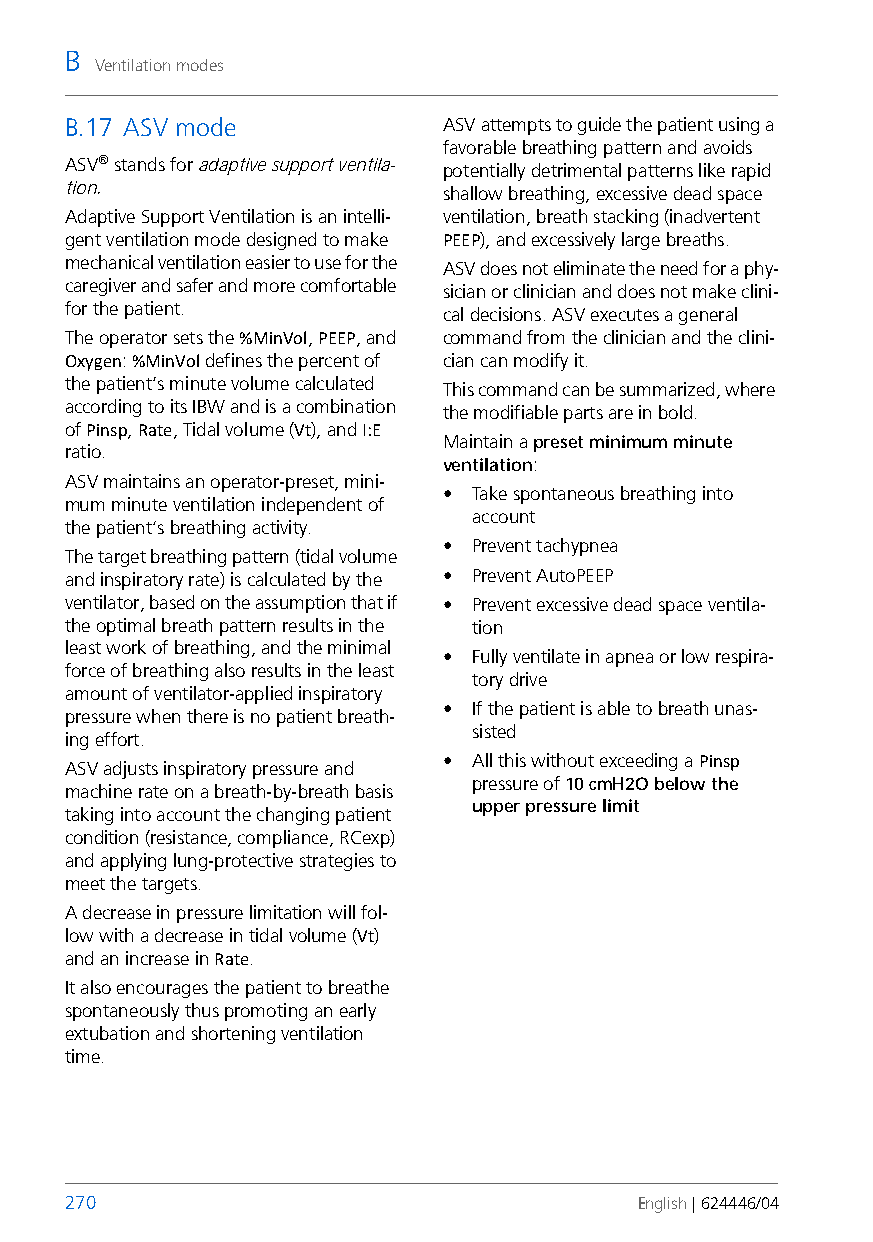
B
 Ventilation modes
 B.17 ASV mode            ASV attempts to guide the patient using a
 favorable breathing pattern and avoids
 ASV® stands for adaptive support ventila-
 potentially detrimental patterns like rapid
 tion.
 shallow breathing, excessive dead space
 Adaptive Support Ventilation is an intelli- ventilation, breath stacking (inadvertent
 gent ventilation mode designed to make PEEP), and excessively large breaths.
 mechanical ventilation easier to use for the
 ASV does not eliminate the need for a phy-
 caregiver and safer and more comfortable
 sician or clinician and does not make clini-
 for the patient.
 cal decisions. ASV executes a general
 The operator sets the %MinVol, PEEP, and command from the clinician and the clini-
 Oxygen: %MinVol defines the percent of cian can modify it.
 the patient’s minute volume calculated
 This command can be summarized, where
 according to its IBW and is a combination
 the modifiable parts are in bold.
 of Pinsp, Rate, Tidal volume (Vt), and I:E
 Maintain a preset minimum minute
 ratio.
 ventilation:
 ASV maintains an operator-preset, mini-
 • Take spontaneous breathing into
 mum minute ventilation independent of
 account
 the patient‘s breathing activity.
 • Prevent tachypnea
 The target breathing pattern (tidal volume
 and inspiratory rate) is calculated by the • Prevent AutoPEEP
 ventilator, based on the assumption that if • Prevent excessive dead space ventila-
 the optimal breath pattern results in the tion
 least work of breathing, and the minimal
 • Fully ventilate in apnea or low respira-
 force of breathing also results in the least
 tory drive
 amount of ventilator-applied inspiratory
 • If the patient is able to breath unas-
 pressure when there is no patient breath-
 sisted
 ing effort.
 • All this without exceeding a Pinsp
 ASV adjusts inspiratory pressure and
 pressure of 10 cmH2O below the
 machine rate on a breath-by-breath basis
 upper pressure limit
 taking into account the changing patient
 condition (resistance, compliance, RCexp)
 and applying lung-protective strategies to
 meet the targets.
 A decrease in pressure limitation will fol-
 low with a decrease in tidal volume (Vt)
 and an increase in Rate.
 It also encourages the patient to breathe
 spontaneously thus promoting an early
 extubation and shortening ventilation
 time.
 270                                   English | 624446/04